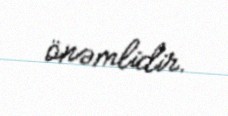
önəmlidir.